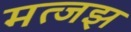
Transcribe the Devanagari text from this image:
मत्जझ